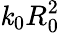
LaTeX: \mathit{k}_{0}R_{0}^{2}